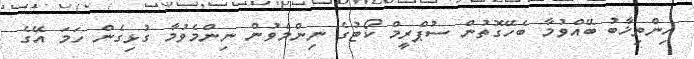
އިންތިޚާބު ބޭއްވުމާ ބެހޭގޮތުން ސުޕްރީމް ކޯޓުގެ ނިންމެވުން ނިންމެވުމާ ގުޅިގެން ހަމަ އޭގެ